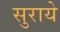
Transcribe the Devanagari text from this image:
सुराये